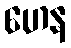
ဟေန